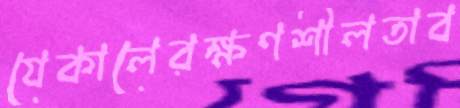
যেকালেরক্ষণশীলতাব